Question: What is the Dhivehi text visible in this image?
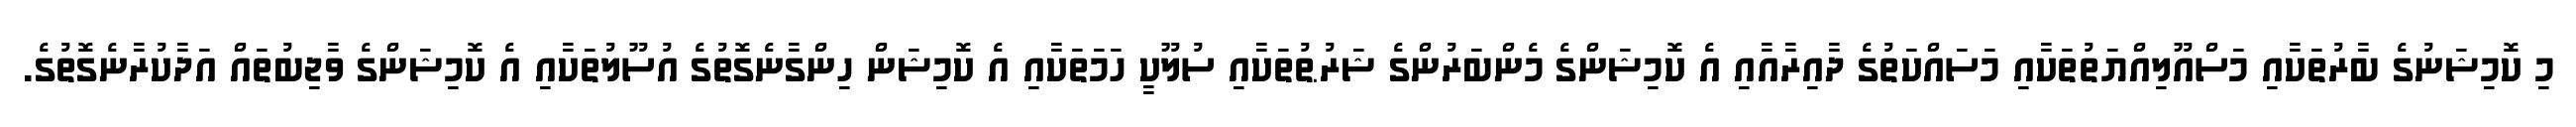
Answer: މި ކޮމިޝަނުގެ ބާރުތަކާއި މަސްއޫލިއްޔަތުތަކާއި މަސައްކަތުގެ ދާއިރާއާއި އެ ކޮމިޝަންގެ މެންބަރުންގެ ޝަރުޠުތަކާއި ސުލޫކީ ހަމަތަކާއި އެ ކޮމިޝަން ހިންގާނެގޮތުގެ އުސޫލުތަކާއި އެ ކޮމިޝަންގެ ވާޖިބުތައް އަދާކުރާނެގޮތުގެ.